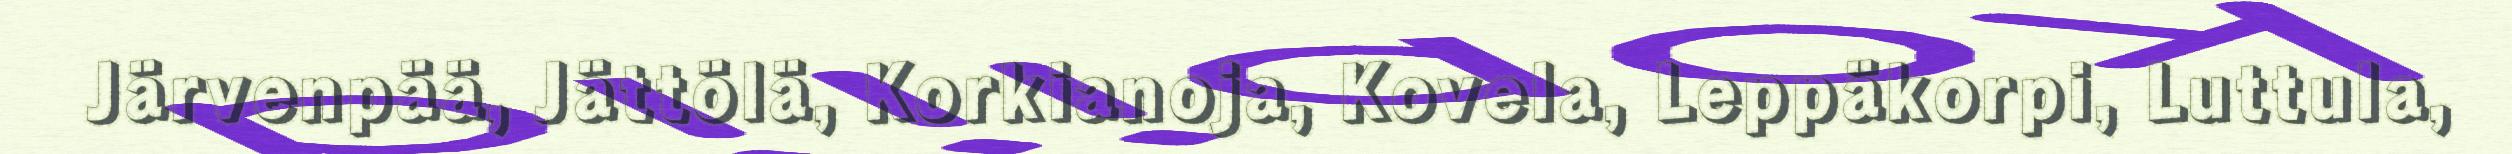
Järvenpää, Jättölä, Korkianoja, Kovela, Leppäkorpi, Luttula,